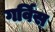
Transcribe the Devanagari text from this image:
गर्विस